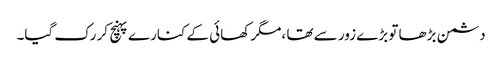
دشمن بڑھا تو بڑے زور سے تھا ،مگر کھائی کے کنارے پہنچ کر رک گیا۔